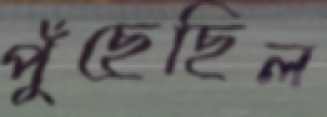
পুঁছেছিল